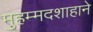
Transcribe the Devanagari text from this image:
मुहम्मदशाहाने